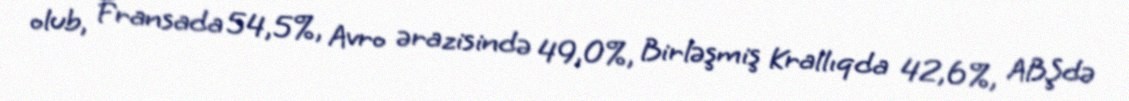
olub, Fransada 54,5%, Avro ərazisində 49,0%, Birləşmiş Krallıqda 42,6%, ABŞdə